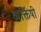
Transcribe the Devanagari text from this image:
व्यक्तिंषी